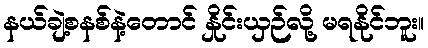
နယ်ချဲ့စနစ်နဲ့တောင် နှိုင်းယှဉ်လို့ မရနိုင်ဘူး။